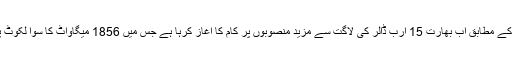
حال ہی میں آنے والی خبروں کے مطابق اب بھارت 15 ارب ڈالر کی لاگت سے مزید منصوبوں پر کام کا آغاز کرہا ہے جس میں 1856 میگاواٹ کا سوا لکوٹ پاور پروجیکٹ بھی شامل ہے۔